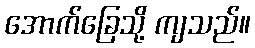
အောက်ခြေသို့ ကျသည်။